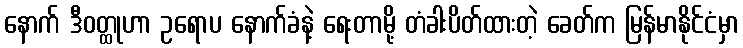
နောက် ဒီဝတ္ထုဟာ ဥရောပ နောက်ခံနဲ့ ရေးတာမို့ တံခါးပိတ်ထားတဲ့ ခေတ်က မြန်မာနိုင်ငံမှာ